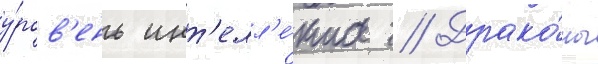
у́ров'ень инт'елл'е́кта // Драко́ны